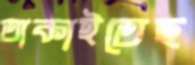
তাকাইতেছ